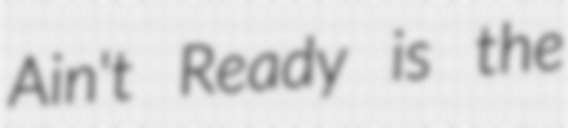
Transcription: Ain't Ready is the